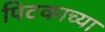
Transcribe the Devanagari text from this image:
पिटकाच्या